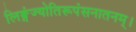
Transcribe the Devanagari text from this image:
लिङ्गंज्योतिरूपंसनातनम्।